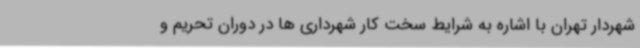
شهردار تهران با اشاره به شرایط سخت کار شهرداری ها در دوران تحریم و